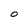
Character: O